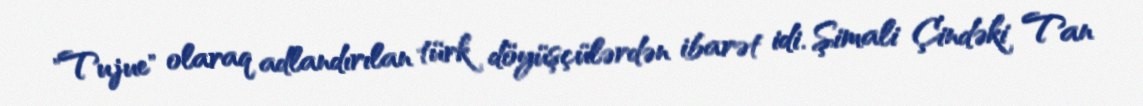
"Tujue" olaraq adlandırılan türk döyüşçülərdən ibarət idi. Şimali Çindəki Tan